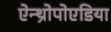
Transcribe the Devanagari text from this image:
ऐन्थ्रोपोएडिया